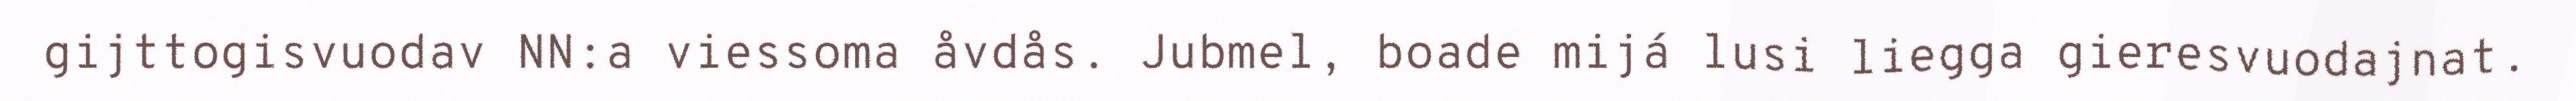
gijttogisvuodav NN:a viessoma åvdås. Jubmel, boade mijá lusi liegga gieresvuodajnat.